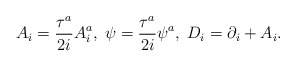
\begin{align*}A_i=\frac{\tau^a}{2i}A_i^a,\; \psi =\frac{\tau^a}{2i}\psi^a,\;D_i=\partial_i+A_i.\end{align*}